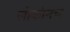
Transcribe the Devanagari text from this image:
लोकांनच